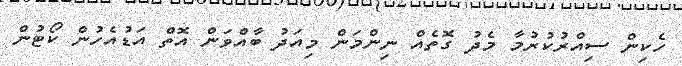
ހެކިން ސިއްރުކުރުމާ މެދު ގޮތެއް ނިންމަން މިއަދު ބާއްވަން އޮތް އަޑުއެހުން ކޯޓުން